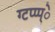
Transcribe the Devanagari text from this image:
ग्टप्प्प्े